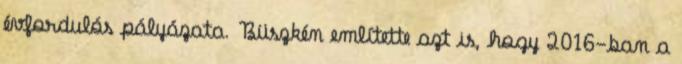
évfordulós pályázata. Büszkén említette azt is, hogy 2016-ban a